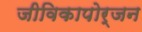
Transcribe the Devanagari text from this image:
जीविकापोर्जन